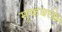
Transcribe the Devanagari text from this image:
मुकबले